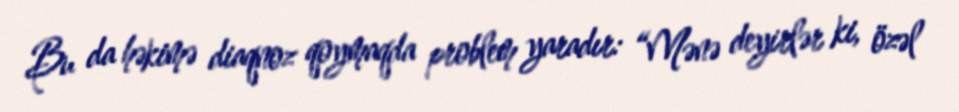
Bu da həkimə diaqnoz qoymaqda problem yaradır: “Mənə deyirlər ki, özəl